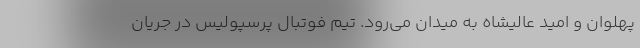
پهلوان و امید عالیشاه به میدان می‌رود. تیم فوتبال پرسپولیس در جریان